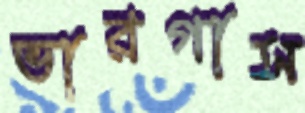
ভারগাস